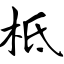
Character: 柢